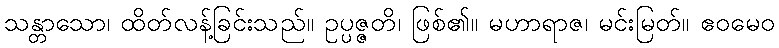
သန္တာသော၊ ထိတ်လန့်ခြင်းသည်။ ဥပ္ပဇ္ဇတိ၊ ဖြစ်၏။ မဟာရာဇ၊ မင်းမြတ်။ ဧဝမေဝ